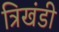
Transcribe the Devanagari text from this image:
त्रिखंडी